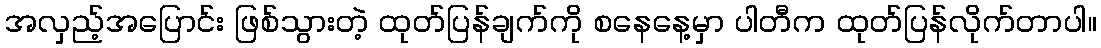
အလှည့်အပြောင်း ဖြစ်သွားတဲ့ ထုတ်ပြန်ချက်ကို စနေနေ့မှာ ပါတီက ထုတ်ပြန်လိုက်တာပါ။